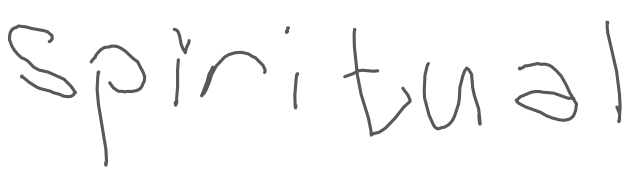
Text: spiritual
Cross-out: clean
Writing tool: digital_gray